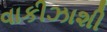
વાકીઝાશી